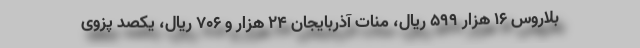
بلاروس ۱۶ هزار ۵۹۹ ریال، منات آذربایجان ۲۴ هزار و ۷۰۶ ریال، یکصد پزوی